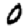
Digit: 0